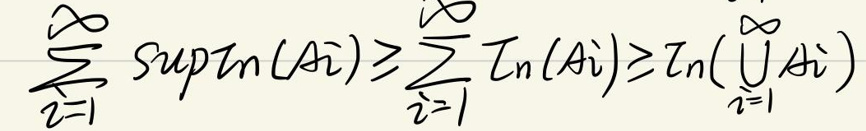
\(\sum_{i = 1}^{\infty} \sup T_{n}(A_{i})\geq \sum_{i = 1}^{\infty} T_{n}(A_{i})\geq T_{n}(\bigcup_{i = 1}^{\infty} A_{i})\)